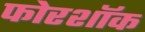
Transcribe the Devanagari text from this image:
फोरशॉक